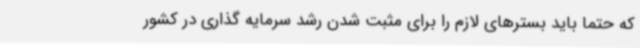
که حتماً باید بسترهای لازم را برای مثبت شدن رشد سرمایه گذاری در کشور